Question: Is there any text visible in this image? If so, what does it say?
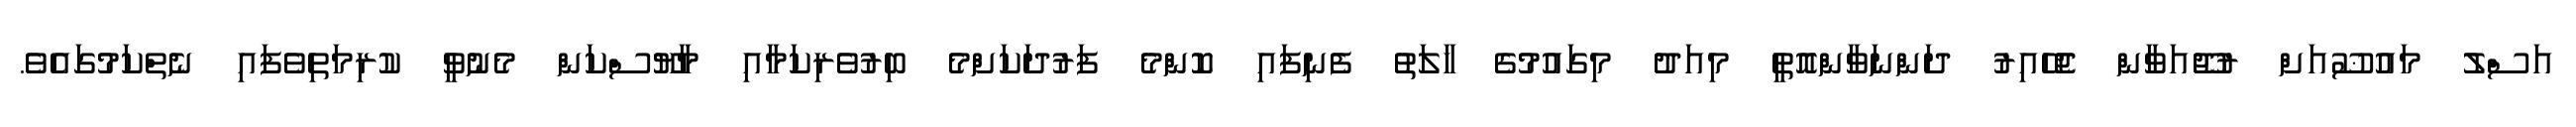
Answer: އަސްލު މައުޟޫއަށް ރުޖޫއަވާން ޖެހޭއިރު ދަންނަވާންއޮތީ މިއަދު މިގައުމުގެ ހާލަތު ފެނިފައި ކޮންމެ ފަރުދަކަށްމެ ބިރުވެރިކަމާއި މާޔޫސްކަން މެނުވީ ކުރިމަތިވެފައި ނެތްކަމުގައެވެ.